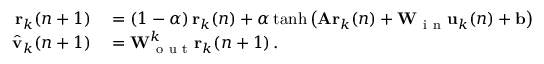
\begin{array} { r l } { \mathbf { r } _ { k } ( n + 1 ) } & { { } = \left( 1 - \alpha \right) \mathbf { r } _ { k } ( n ) + \alpha \operatorname { t a n h } \left( \mathbf { A } \mathbf { r } _ { k } ( n ) + \mathbf { W } _ { \mathrm { ~ i ~ n ~ } } \mathbf { u } _ { k } ( n ) + \mathbf { b } \right) } \\ { \hat { \mathbf { v } } _ { k } ( n + 1 ) } & { { } = \mathbf { W } _ { \mathrm { ~ o ~ u ~ t ~ } } ^ { k } \mathbf { r } _ { k } ( n + 1 ) \, . } \end{array}